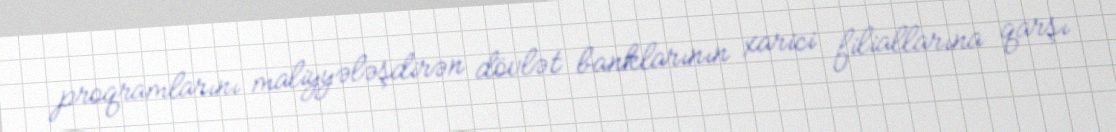
proqramlarını maliyyələşdirən dövlət banklarının xarici filiallarına qarşı